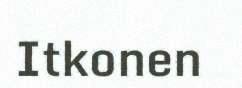
Itkonen